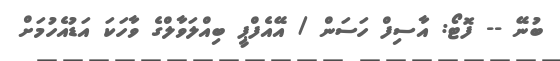
ބުނޭ -- ފޮޓޯ: އާސިފް ހަސަން / އޭއެފްޕީ ބިއްލަވާލްގެ ވާހަކަ އަޑުއެހުމަށް